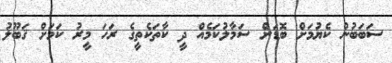
ސަބަބުން ކެޔުމަށް ބޮޑަށް ސަމާލުކަމެއް ދީ ކާތަކެތީގެ ރަހަ މީރު ކަމަށް ޤަބޫލު